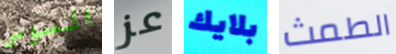
السوس عز بلايك الطمث